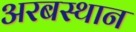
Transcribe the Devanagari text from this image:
अरबस्थान